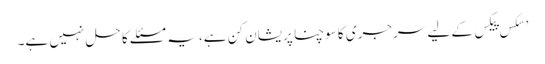
’سکس پیکس کے لیے سرجری کا سوچنا پریشان کن ہے، یہ مسئلے کا حل نہیں ہے۔